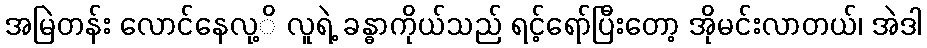
အမြဲတန်း လောင်နေလု့ိ လူရဲ့ ခန္ဓာကိုယ်သည် ရင့်ရော်ပြီးတော့ အိုမင်းလာတယ်၊ အဲဒါ